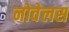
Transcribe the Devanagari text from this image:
नोवेलस